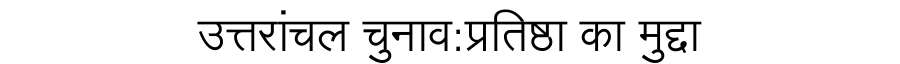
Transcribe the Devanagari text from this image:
उत्तरांचल चुनाव:प्रतिष्ठा का मुद्दा